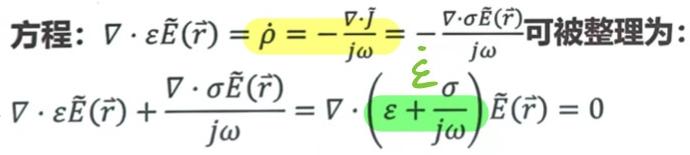
方程: $\nabla \cdot \varepsilon \tilde{E}(\vec{r}) = \rho = -\frac{\nabla \cdot \tilde{J}}{j\omega} = -\frac{\nabla \cdot \sigma \tilde{E}(\vec{r})}{j\omega}$ 可被整理为:
\[
\nabla \cdot \varepsilon \tilde{E}(\vec{r}) + \frac{\nabla \cdot \sigma \tilde{E}(\vec{r})}{j\omega} = \nabla \cdot \left( \varepsilon + \frac{\sigma}{j\omega} \right) \tilde{E}(\vec{r}) = 0
\]